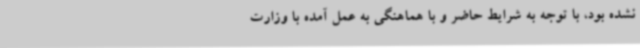
نشده بود، با توجه به شرایط حاضر و با هماهنگی به عمل آمده با وزارت